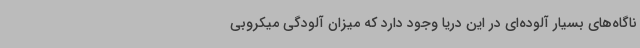
ناگاه‌های بسیار آلوده‌ای در این دریا وجود دارد که میزان آلودگی میکروبی